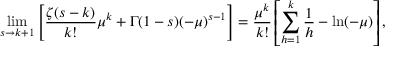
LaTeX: \operatorname* { l i m } _ { s \to k + 1 } \left[ { \frac { \zeta ( s - k ) } { k ! } } \mu ^ { k } + \Gamma ( 1 - s ) ( - \mu ) ^ { s - 1 } \right] = { \frac { \mu ^ { k } } { k ! } } \left[ \sum _ { h = 1 } ^ { k } { \frac { 1 } { h } } - \ln ( - \mu ) \right] ,